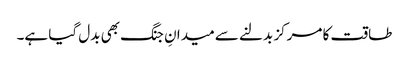
طاقت کا مرکز بدلنے سے میدانِ جنگ بھی بدل گیا ہے۔